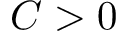
C > 0